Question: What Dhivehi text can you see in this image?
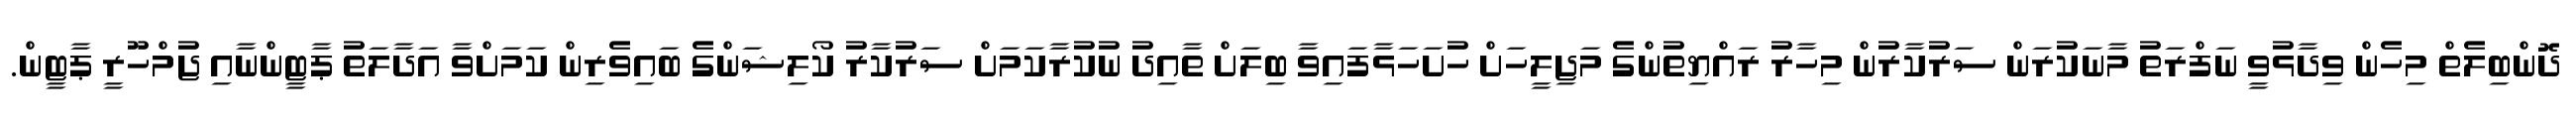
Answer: ދޮންބިލެތް މިހެން ވިދާޅުވީ ނަފްރަތު މާނަކުރަން ސަރުކާރުން މިހާރު ރައްޔިތުންގެ މަޖިލީހަށް ހުށަހަޅާފައިވާ ބިލަށް ތާއިދު ނުކުރާކަމަށް ސަރުކާރު ކޯލިޝަންގެ ބައިވެރިން ކަމަށްވާ އަދާލަތު ޕާޓީންނާއި ޖުމްހޫރީ ޕާޓީން.